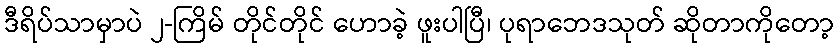
ဒီရိပ်သာမှာပဲ ၂-ကြိမ် တိုင်တိုင် ဟောခဲ့ ဖူးပါပြီ၊ ပုရာဘေဒသုတ် ဆိုတာကိုတော့